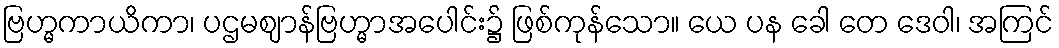
ဗြဟ္မကာယိကာ၊ ပဌမဈာန်ဗြဟ္မာအပေါင်း၌ ဖြစ်ကုန်သော။ ယေ ပန ခေါ တေ ဒေဝါ၊ အကြင်